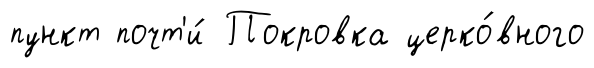
пункт почт'и́ Покровка церко́вного